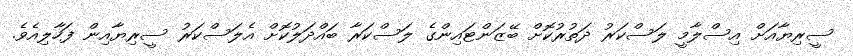
ސީރިޔާއަށް އިސްލާމީ ލަސްކަރު ދަތުރުކޮށް ބޭޒަންޓައިންގެ ލަސްކަރާ ބައްދަލުކޮށް އެލަސްކަރު ސީރިޔާއިން ފަހާލިއެވެ.